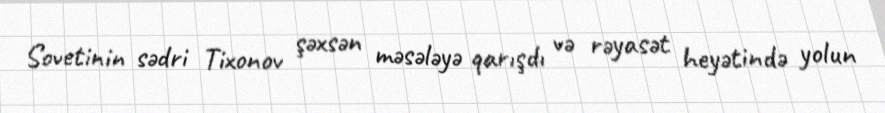
Sovetinin sədri Tixonov şəxsən məsələyə qarışdı və rəyasət heyətində yolun